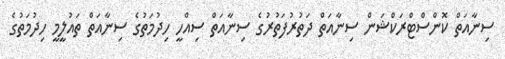
ސިނާއަތް ކޮންސްޓްރަކްޝަން ސިނާއަތް ދަތުރުފަތުރުގެ ސިނާއަތް ސިއްހީ ހިދުމަތުގެ ސިނާއަތް ތައުލީމީ ހިދުމަތުގެ